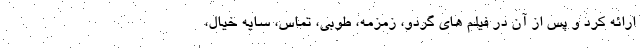
ارائه کرد و پس از آن در فیلم های گردو، زمزمه، طوبی، تماس، سایه خیال،